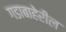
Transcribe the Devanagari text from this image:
गडाबाहेरील